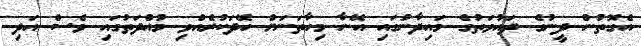
އެގޮތުން ދީނުގެ ދައުވަތުގެ މައިދާނުގައި އޭނާ މިހާތަނަށް ހޭދަކުރެއްވި މުއްދަތުގައި ވެސް އަދި